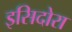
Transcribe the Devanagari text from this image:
इसिदोरा